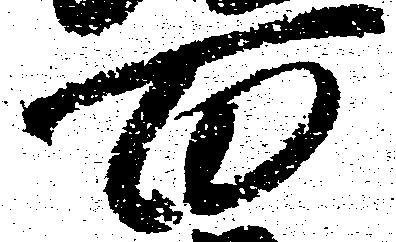
百